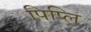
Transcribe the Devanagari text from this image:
पिप्लि